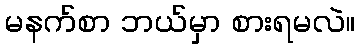
မနက်စာ ဘယ်မှာ စားရမလဲ။